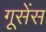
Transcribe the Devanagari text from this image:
गूसेंस